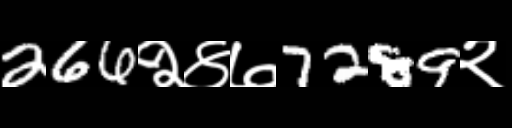
Text: 266२४७7289२